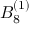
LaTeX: { B } _ { 8 } ^ { ( 1 ) }